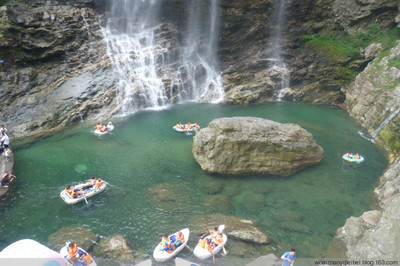
西登香炉峰，南见瀑布水。